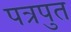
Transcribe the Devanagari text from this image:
पत्रपुत